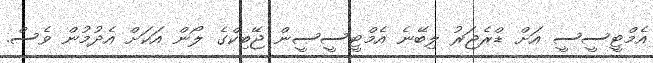
އެމްޓީސީސީ އަށް ޑްރެޖަރު ލިބޭނެ އެމްޓީސީސީން ޖޭބިކްގެ ލޯން އަކަށް އެދުމުން ވެސް.